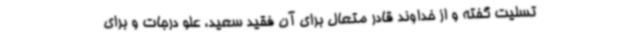
تسلیت گفته و از خداوند قادر متعال برای آن فقید سعید، علو درجات و برای